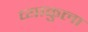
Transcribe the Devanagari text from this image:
व्याकुला